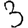
Digit: 3